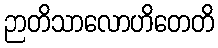
ဉာတိသာလောဟိတေတိ